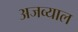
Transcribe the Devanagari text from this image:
अजव्याल